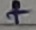
Text: +